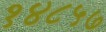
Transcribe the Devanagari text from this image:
१४८५७